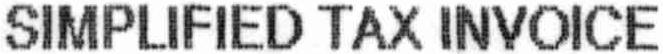
SIMPLIFIED TAX INVOICE